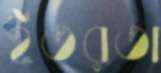
ইতরতা